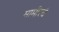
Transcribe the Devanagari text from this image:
मामीरचं